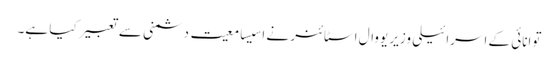
توانائی کے اسرائیلی وزیر یووال اسٹائنر نے اسیسامعیت دشمنی سے تعبیر کیا ہے۔